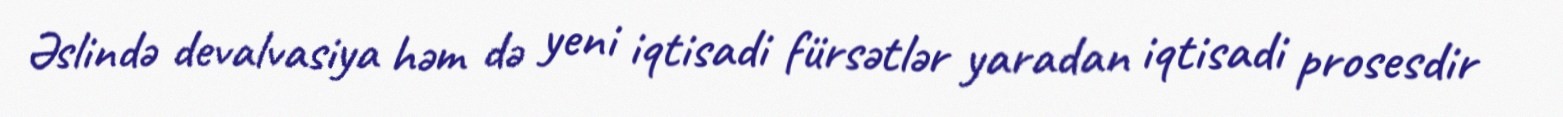
Əslində devalvasiya həm də yeni iqtisadi fürsətlər yaradan iqtisadi prosesdir